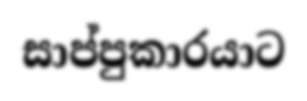
සාප්පුකාරයාට